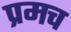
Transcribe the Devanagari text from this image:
प्रमच